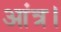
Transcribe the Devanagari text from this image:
आंत्र।